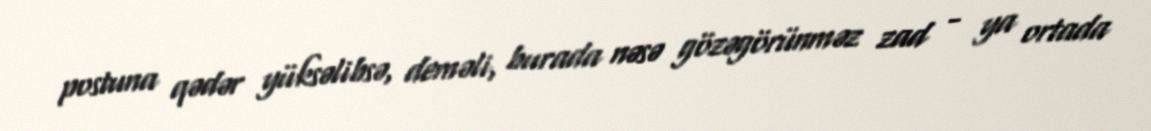
postuna qədər yüksəlibsə, deməli, burada nəsə gözəgörünməz zad - ya ortada